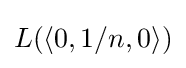
L(\langle 0,1/n,0\rangle )